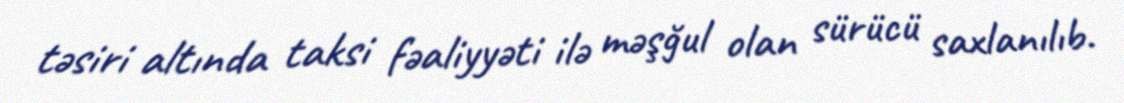
təsiri altında taksi fəaliyyəti ilə məşğul olan sürücü saxlanılıb.